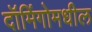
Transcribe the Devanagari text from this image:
दॉमिंगोमधील